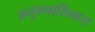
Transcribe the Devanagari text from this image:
अनुभवाशिवाय